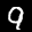
Label: 9